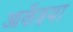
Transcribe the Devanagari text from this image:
आर्केइया